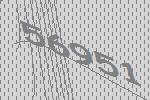
56951